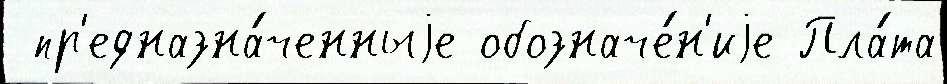
 пр'едназна́ченныjе обозначе́н'иjе Пла́та